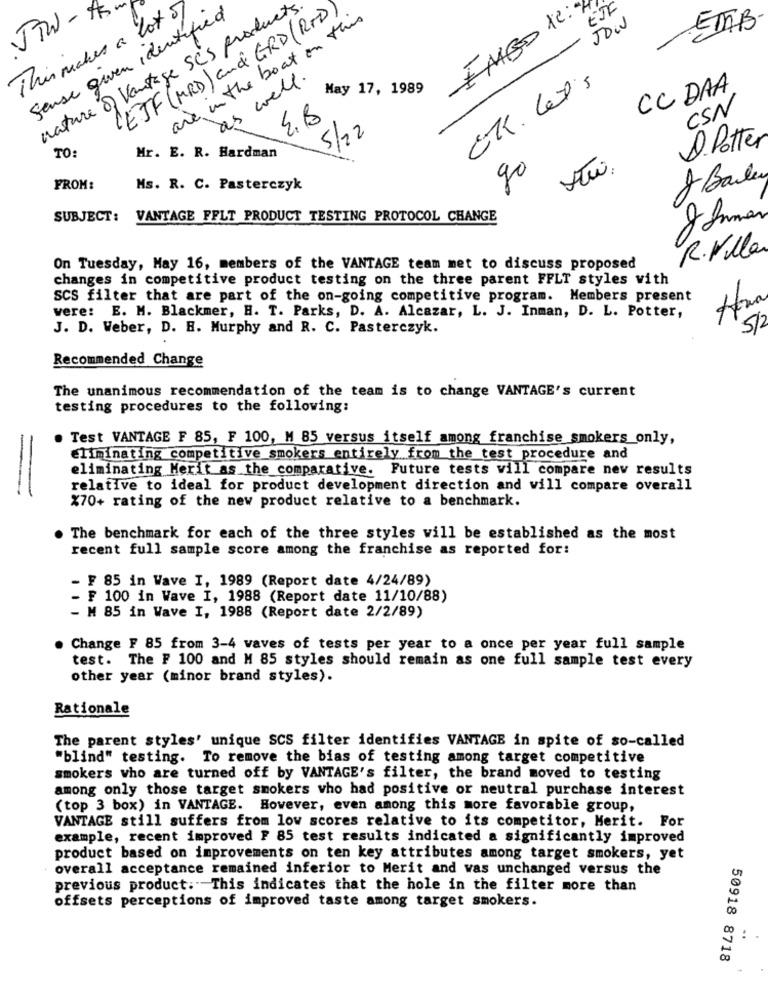
JTW-AS
Sense given identified
nature of Vantage SCS products
EMBO K. MI
ETC
This makes a lot 5
LEJF (MRD ) and GRD(RTD)
are in the boat on this
JOW
ETAB
as well.
ER. Let's
May 17, 1989
CC DAA
CSN
4.B
5/22
D Potter
TO.
Mr. E. R. Hardman
go
8 Barley
FROM:
Ms. R. C. Pasterczyk
20
SUBJECT:
VANTAGE FFLT PRODUCT TESTING PROTOCOL CHANGE
R.Villa
On Tuesday, May 16, members of the VANTAGE team met to discuss proposed
changes in competitive product testing on the three parent FFLT styles with
SCS filter that are part of the on-going competitive program. Members present
vere: E. M. Blackmer, H. T. Parks, D. A. Alcazar, L. J. Inman, D. L. Potter,
J. D. Weber, D. H. Murphy and R. C. Pasterczyk.
5/2
Recommended Change
The unanimous recommendation of the team is to change VANTAGE's current
testing procedures to the following:
Test VANTAGE F 85, F 100, M 85 versus itself among franchise smokers only,
Eliminating competitive smokers entirely from the test procedure and
eliminating Merit as the comparative. Future tests vill compare nev results
relative to ideal for product development direction and will compare overall
%70+ rating of the new product relative to a benchmark.
. The benchmark for each of the three styles will be established as the most
recent full sample score among the franchise as reported for:
- F 85 in Wave I, 1989 (Report date 4/24/89)
- F 100 in Wave I, 1988 (Report date 11/10/88)
- M 85 in Wave I, 1988 (Report date 2/2/89)
Change F 85 from 3-4 waves of tests per year to a once per year full sample
test. The F 100 and M 85 styles should remain as one full sample test every
other year (minor brand styles).
Rationale
The parent styles' unique SCS filter identifies VANTAGE in spite of so-called
"blind" testing. To remove the bias of testing among target competitive
smokers who are turned off by VANTAGE's filter, the brand moved to testing
among only those target smokers who had positive or neutral purchase interest
(top 3 box) in VANTAGE. However, even among this more favorable group,
VANTAGE still suffers from low scores relative to its competitor, Merit. For
example, recent improved F 85 test results indicated a significantly improved
product based on improvements on ten key attributes among target smokers, yet
overall acceptance remained inferior to Merit and was unchanged versus the
previous product: "This indicates that the hole in the filter more than
offsets perceptions of improved taste among target smokers.
..
50918 8718